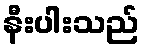
နီးပါးသည်